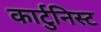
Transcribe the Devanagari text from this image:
कार्टुनिस्ट